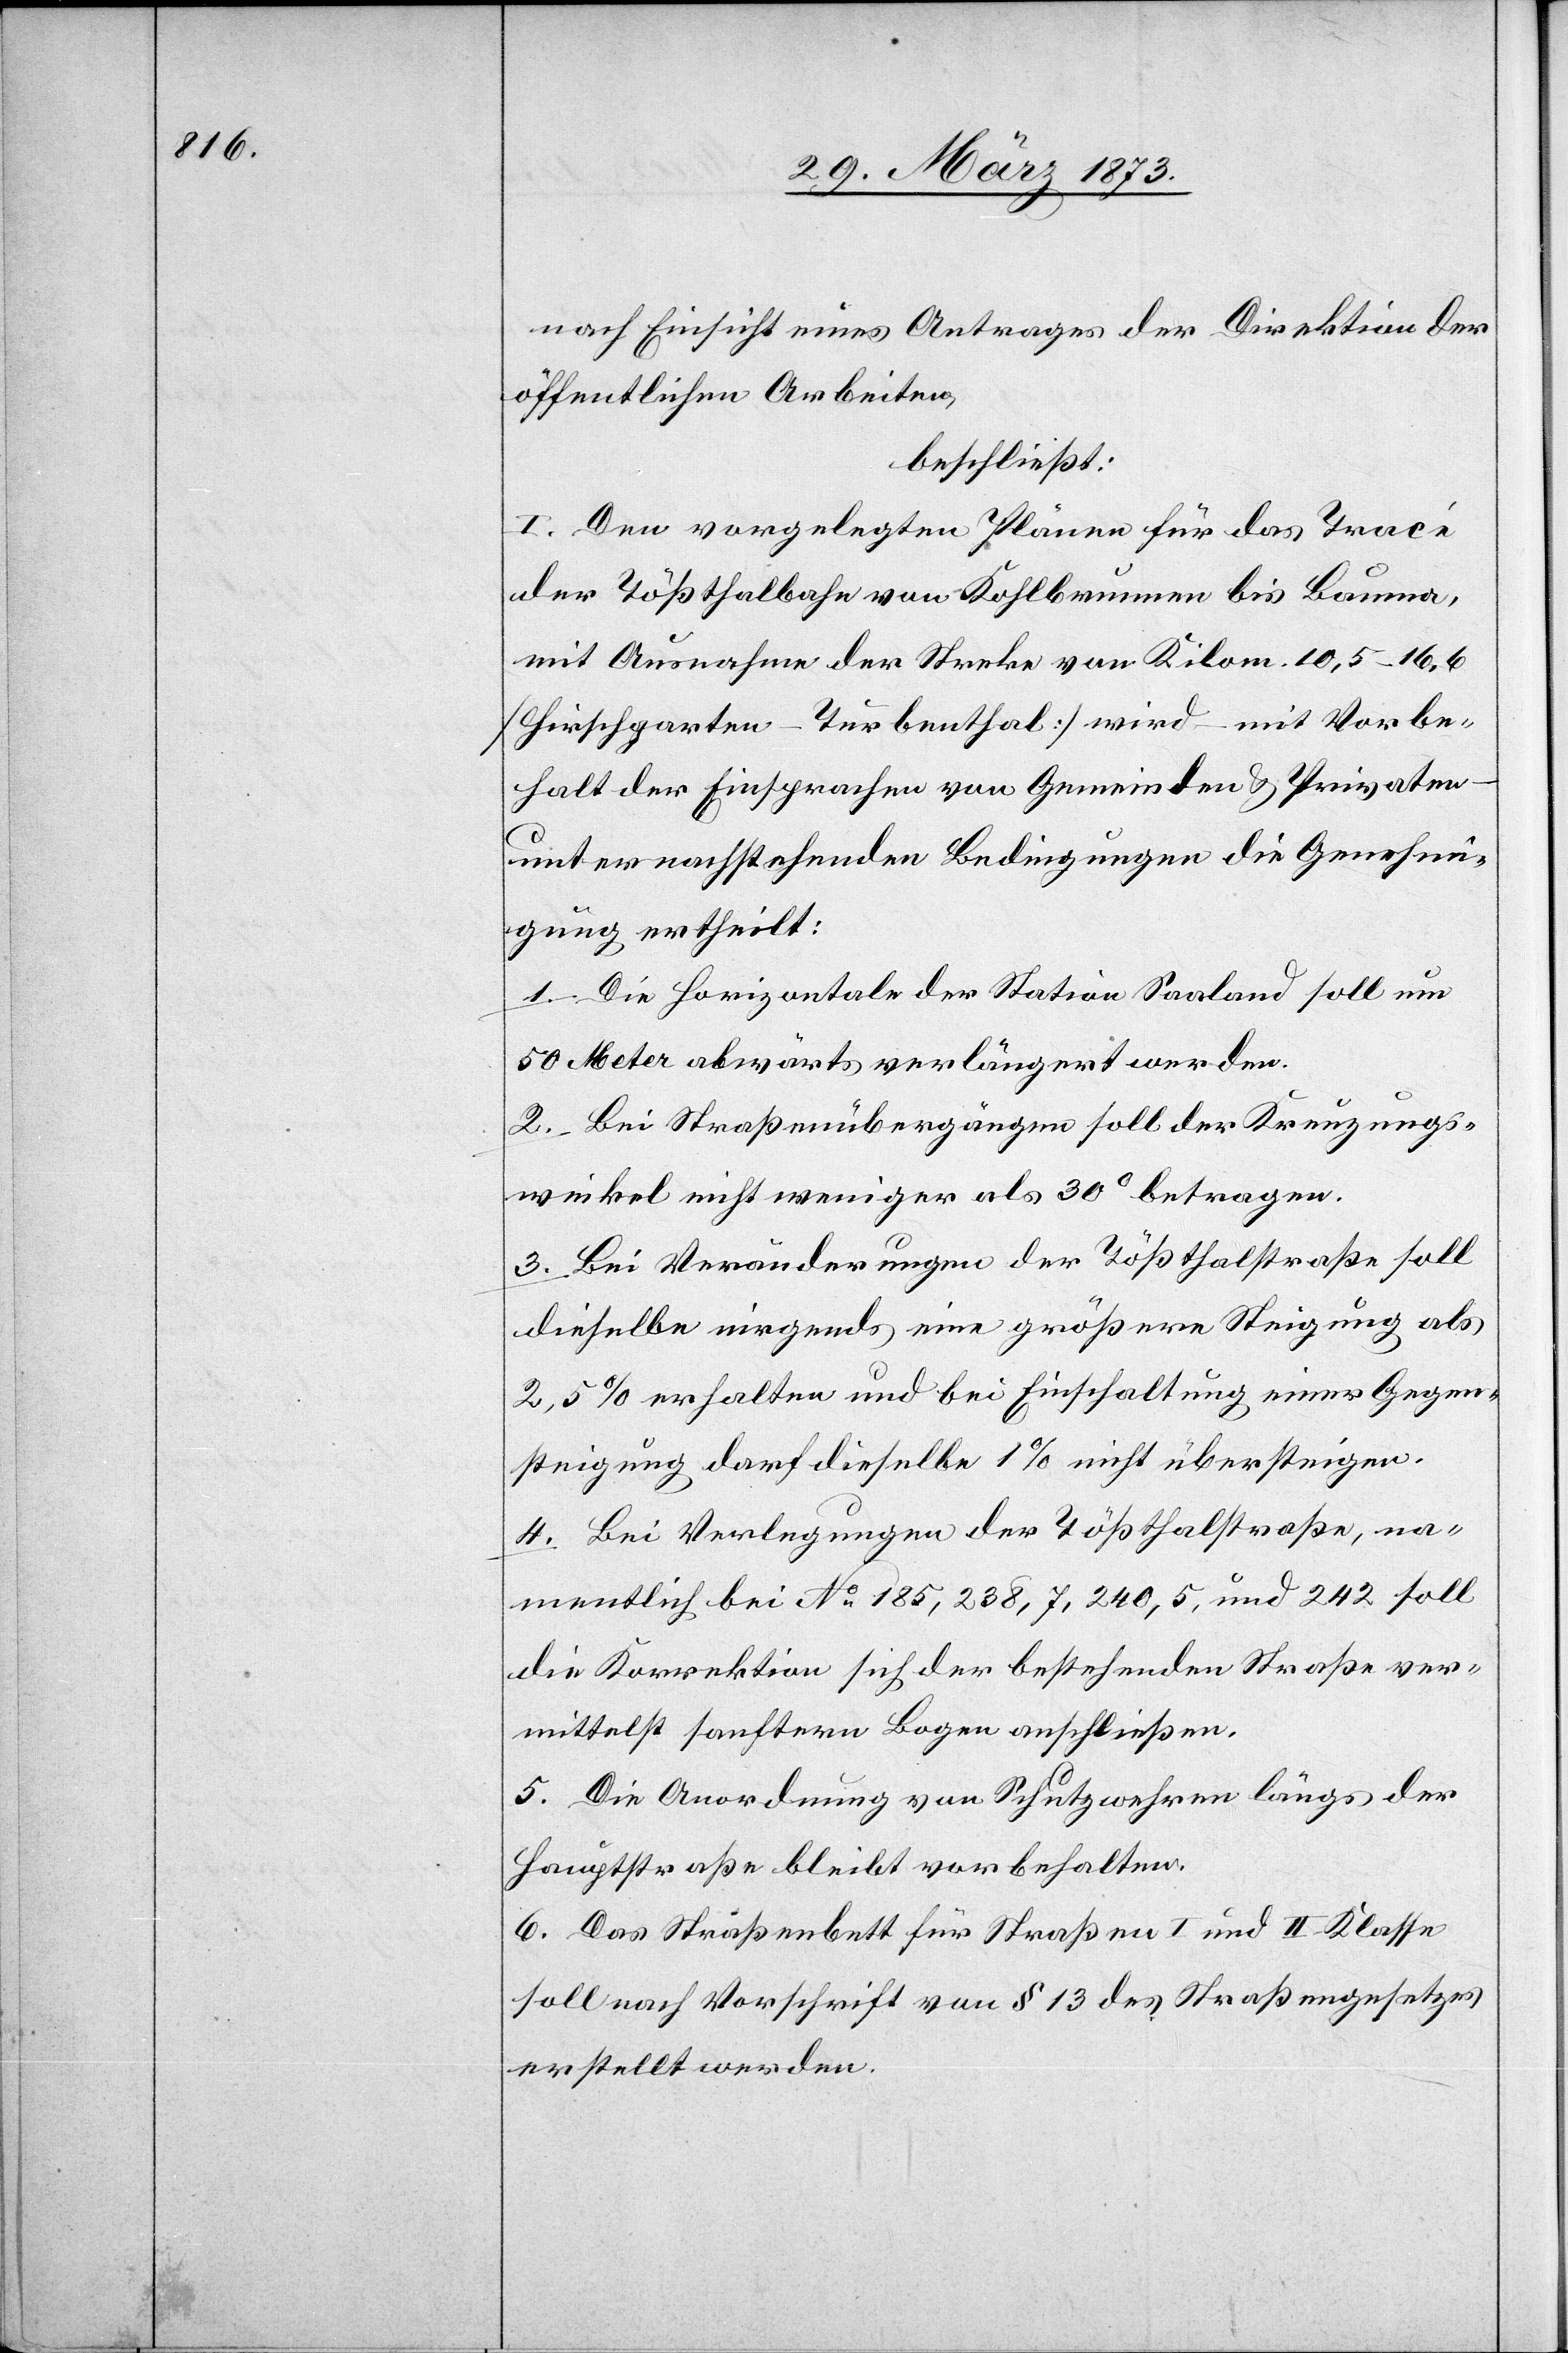
nach Einsicht eines Antrages der Direktion der
öffentlichen Arbeiten,
beschließt:
I. Den vorgelegten Plänen für das Tracé
der Tößthalbahn von Kohlbrunnen bis Bauma,
mit Ausnahme der Strecke von Kilom. 10,5–16,6
[Hirschgarten–Turbenthal] wird – mit Vorbe¬
halt der Einsprachen von Gemeinden u. Privaten
unter nachstehenden Bedingungen die Genehmi¬
gung ertheilt:
1. Die Horizontale der Station Saaland soll um
50 Meter abwärts verlängert werden.
2. Bei Straßenübergängen soll der Kreuzungs¬
winkel nicht weniger als 30° betragen.
3. Bei Veränderungen der Tößthalstraße soll
dieselbe nirgends eine größere Steigung als
2,5% erhalten und bei Einschaltung einer Gegen¬
steigung darf dieselbe 1% nicht übersteigen.
4. Bei Verlegungen der Tößthalstraße, na¬
mentlich bei No 185, 238, 7, 240, 5, und 242 soll
die Korrektion sich der bestehenden Straße ver¬
mittelst sanftern Bogen anschließen.
5. Die Anordnung von Schutzwehren längs der
Hauptstraße bleibt vorbehalten.
6. Das Straßenbett für Straßen I[.] und II. Klasse
soll nach Vorschrift von § 13 des Straßengesetzes
erstellt werden.